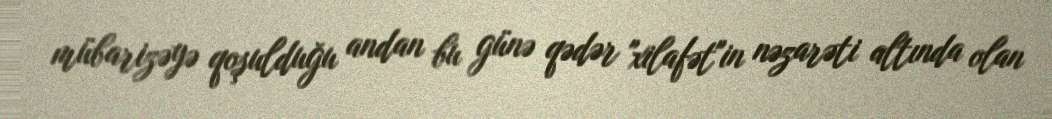
mübarizəyə qoşulduğu andan bu günə qədər "xilafət"in nəzarəti altında olan